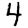
Digit: 4